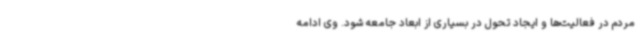
مردم در فعالیت‌ها و ایجاد تحول در بسیاری از ابعاد جامعه شود. وی ادامه